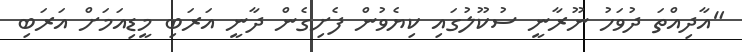
"އާދިއްތަ ދުވަހު ނޫރާނީ ސުކޫލުގައި ކިޔެވުން ފެށިގެން ދާނީ އަރަބި މީޑިއަމަށް އަރަބި